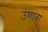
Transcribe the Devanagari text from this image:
उंगावा